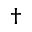
\dagger